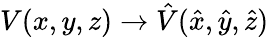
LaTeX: V(x,y,z)\to{\hat{V}}({\hat{x}},{\hat{y}},{\hat{z}})